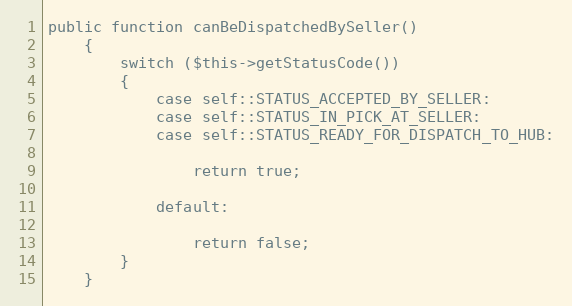
Language: PHP
public function canBeDispatchedBySeller()
    {
        switch ($this->getStatusCode())
        {
            case self::STATUS_ACCEPTED_BY_SELLER:
            case self::STATUS_IN_PICK_AT_SELLER:
            case self::STATUS_READY_FOR_DISPATCH_TO_HUB:

                return true;

            default:

                return false;
        }
    }